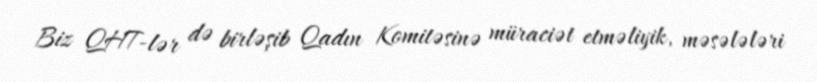
Biz QHT-lər də birləşib Qadın Komitəsinə müraciət etməliyik, məsələləri